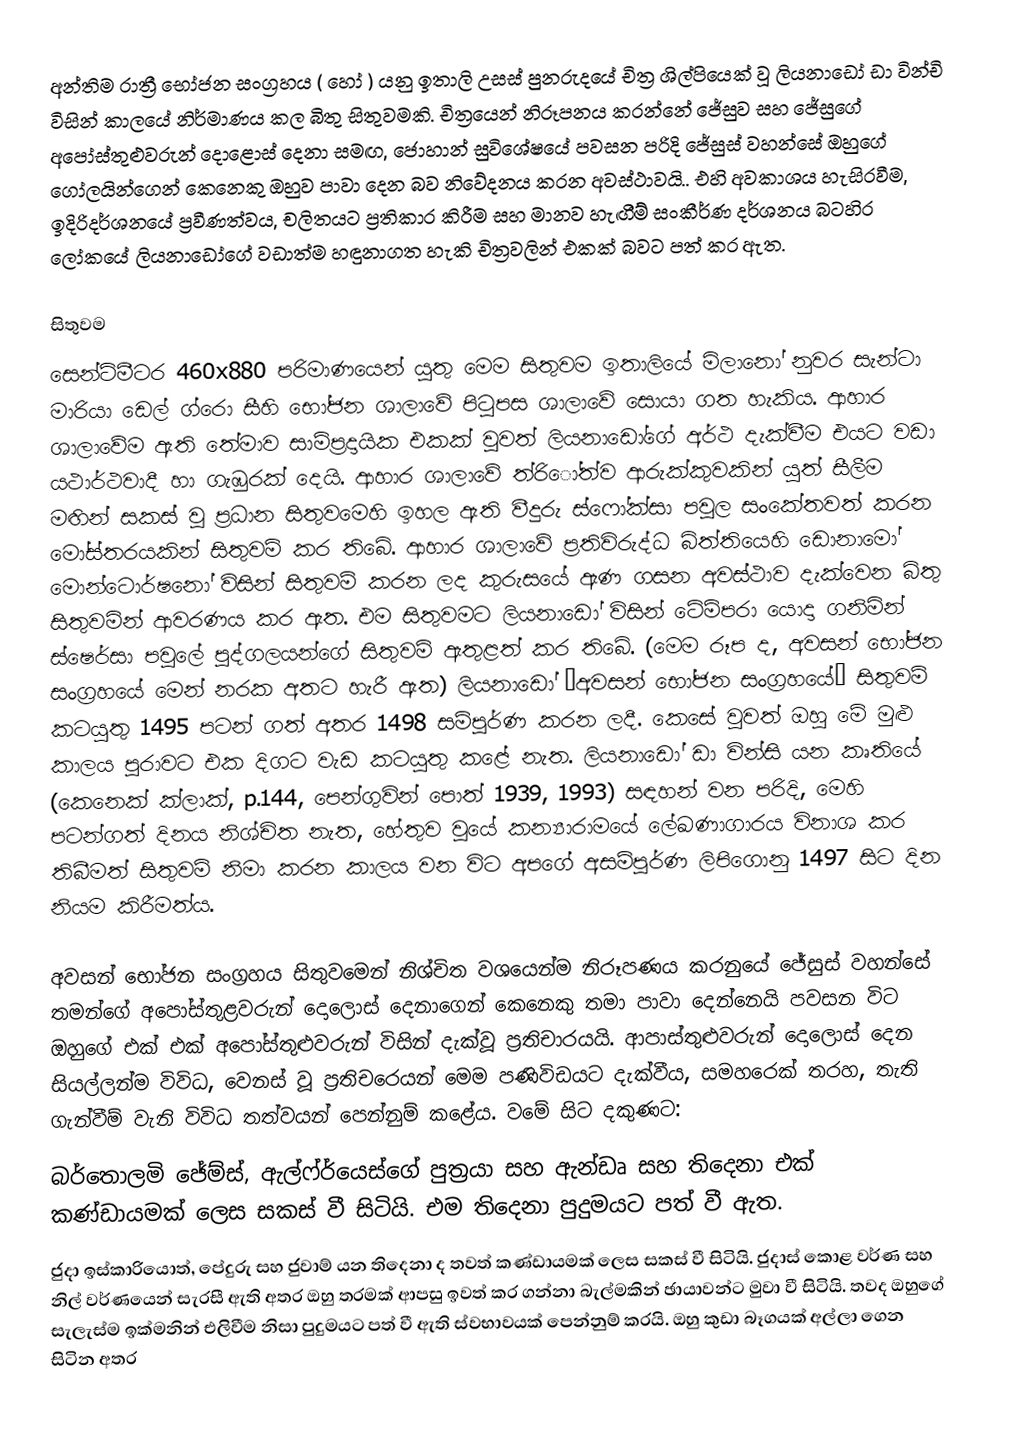
අන්තිම රාත්‍රී භෝජන සංග්‍රහය ( හෝ ) යනු ඉතාලි උසස් පුනරුදයේ චිත්‍ර ශිල්පියෙක් වූ ලියනාඩෝ ඩා වින්චි විසින්  කාලයේ නිර්මාණය කල බිතු සිතුවමකි. චිත්‍රයෙන් නිරූපනය කරන්නේ ජේසුව සහ ජේසුගේ අපෝස්තුළුවරුන් දොළොස් දෙනා සමඟ, ජොහාන් සුවිශේෂයේ පවසන පරිදි ජේසුස් වහන්සේ ඔහුගේ ගෝලයින්ගෙන් කෙනෙකු ඔහුව පාවා දෙන බව නිවේදනය කරන අවස්ථාවයි.. එහි අවකාශය හැසිරවීම, ඉදිරිදර්ශනයේ ප්‍රවීණත්වය, චලිතයට ප්‍රතිකාර කිරීම සහ මානව හැඟීම් සංකීර්ණ දර්ශනය බටහිර ලෝකයේ ලියනාඩෝගේ  වඩාත්ම හඳුනාගත හැකි චිත්‍රවලින් එකක් බවට පත් කර ඇත.

සිතුවම
සෙන්ටිමීටර 460x880 පරිමාණයෙන් යුතු මෙම සිතුවම ඉතාලියේ මිලානෝ නුවර සැන්ටා මාරියා ඩෙල් ග්රො සීහි භෝජන ශාලාවේ පිටුපස ශාලාවේ සොයා ගත හැකිය. ආහාර ශාලාවේම ඇති තේමාව සාම්ප්‍රදායික එකක් වුවත් ලියනාඩෝගේ අර්ථ දැක්වීම එයට වඩා යථාර්ථවාදී හා ගැඹුරක් දෙයි. ආහාර ශාලාවේ ත්රිෝත්ව ආරුක්කුවකින් යුත් සීලීම මඟින් සකස් වූ ප්‍රධාන සිතුවමෙහි ඉහල ඇති වීදුරු ස්ෆෝක්සා පවුල සංකේතවත් කරන මෝස්තරයකින් සිතුවම් කර තිබේ. ආහාර ශාලාවේ ප්‍රතිවිරුද්ධ බිත්තියෙහි ඩොනාමෝ මොන්ටොර්ෂනෝ විසින් සිතුවම් කරන ලද කුරුසයේ ඇණ ගසන අවස්ථාව දැක්වෙන බිතු සිතුවමින් ආවරණය කර ඇත. එම සිතුවමට ලියනාඩෝ විසින් ටේම්පරා යොදා ගනිමින් ස්ෂෙර්සා පවුලේ පුද්ගලයන්ගේ සිතුවම් ඇතුළත් කර තිබේ. (මෙම රූප ද, අවසන් භෝජන සංග්‍රහයේ මෙන් නරක අතට හැරී ඇත) ලියනාඩෝ “අවසන් භෝජන සංග්‍රහයේ” සිතුවම් කටයුතු 1495 පටන් ගත් අතර 1498 සම්පූර්ණ කරන ලදී. කෙසේ වුවත් ඔහු මේ මුළු කාලය පුරාවට එක දිගට වැඩ කටයුතු කළේ නැත. ලියනාඩෝ ඩා වින්සි යන කෘතියේ (කෙනෙක් ක්ලාක්, p.144, පෙන්ගුවින් පොත් 1939, 1993) සඳහන් වන පරිදි, මෙහි පටන්ගත් දිනය නිශ්චිත නැත, හේතුව වූයේ කන්‍යාරාමයේ ලේඛණාගාරය විනාශ කර තිබීමත් සිතුවම් නිමා කරන කාලය වන විට අපගේ අසම්පූර්ණ ලිපිගොනු 1497 සිට දින නියම කිරීමත්ය.

අවසන් භෝජන සංග්‍රහය සිතුවමෙන් නිශ්චිත වශයෙන්ම නිරූපණය කරනුයේ ජේසුස් වහන්සේ තමන්ගේ අපෝස්තුළවරුන් දොලොස් දෙනාගෙන්  කෙනෙකු තමා පාවා දෙන්නෙයි පවසන විට ඔහුගේ එක් එක් අපෝස්තුළුවරුන් විසින් දැක්වූ ප්‍රතිචාරයයි. ආපාස්තුළුවරුන් දොලොස් දෙන සියල්ලන්ම විවිධ, වෙනස් වූ ප්‍රතිචරෙයන්  මෙම පණිවිඩයට දැක්වීය, සමහරෙක් තරහ, තැති ගැන්වීම් වැනි විවිධ තත්වයන් පෙන්නුම් කළේය. වමේ සිට දකුණට:
 බර්තොලමි ජේම්ස්, ඇල්ෆ්ර්යෙස්ගේ පුත්‍රයා සහ ඇන්ඩෘ සහ තිදෙනා එක් කණ්ඩායමක් ලෙස සකස් වී සිටියි. එම තිදෙනා පුදුමයට පත් වී ඇත.
 ජුදා ඉස්කාරියොත්, පේදුරු සහ ජුවාම් යන තිදෙනා ද තවත් කණ්ඩායමක් ලෙස සකස් වී සිටියි. ජුදාස්  කොළ වර්ණ ‍සහ නිල් වර්ණයෙන් සැරසී ඇති අතර ඔහු තරමක් ආපසු ඉවත් කර ගන්නා බැල්මකින් ඡායාවන්ට මුවා වී සිටියි. තවද ඔහුගේ සැලැස්ම ඉක්මනින් එලිවීම නිසා පුදුමයට පත් වී ඇති ස්වභාවයක් පෙන්නුම් කරයි. ඔහු කුඩා බෑගයක් අල්ලා ගෙන සිටින අතර